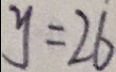
y = 2 6